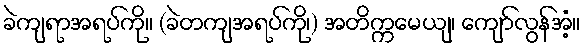
ခဲကျရာအရပ်ကို။ (ခဲတကျအရပ်ကို၊) အတိက္ကမေယျ၊ ကျော်လွန်အံ့။